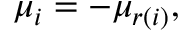
\mu _ { i } = - \mu _ { r ( i ) } ,